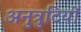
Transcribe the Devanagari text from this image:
अनुत्रुटियों